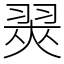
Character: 翜